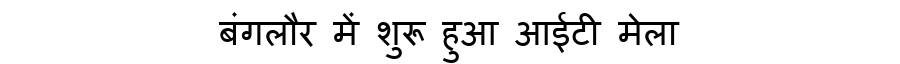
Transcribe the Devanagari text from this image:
बंगलौर में शुरू हुआ आईटी मेला